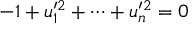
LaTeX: - 1 + u _ { 1 } ^ { \prime 2 } + \cdots + u _ { n } ^ { \prime 2 } = 0